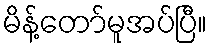
မိန့်တော်မူအပ်ပြီ။